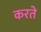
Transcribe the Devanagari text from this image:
करते